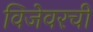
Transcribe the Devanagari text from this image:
विजेवरची